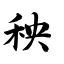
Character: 秧